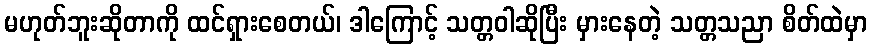
မဟုတ်ဘူးဆိုတာကို ထင်ရှားစေတယ်၊ ဒါကြောင့် သတ္တဝါဆိုပြီး မှားနေတဲ့ သတ္တသညာ စိတ်ထဲမှာ